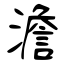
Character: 澹